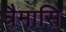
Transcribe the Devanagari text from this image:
त्रैमासि